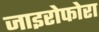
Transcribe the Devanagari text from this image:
जाइरोफोरा